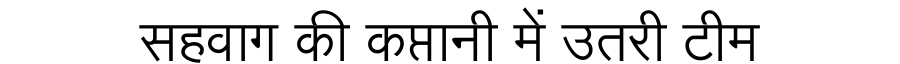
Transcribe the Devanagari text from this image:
सहवाग की कप्तानी में उतरी टीम